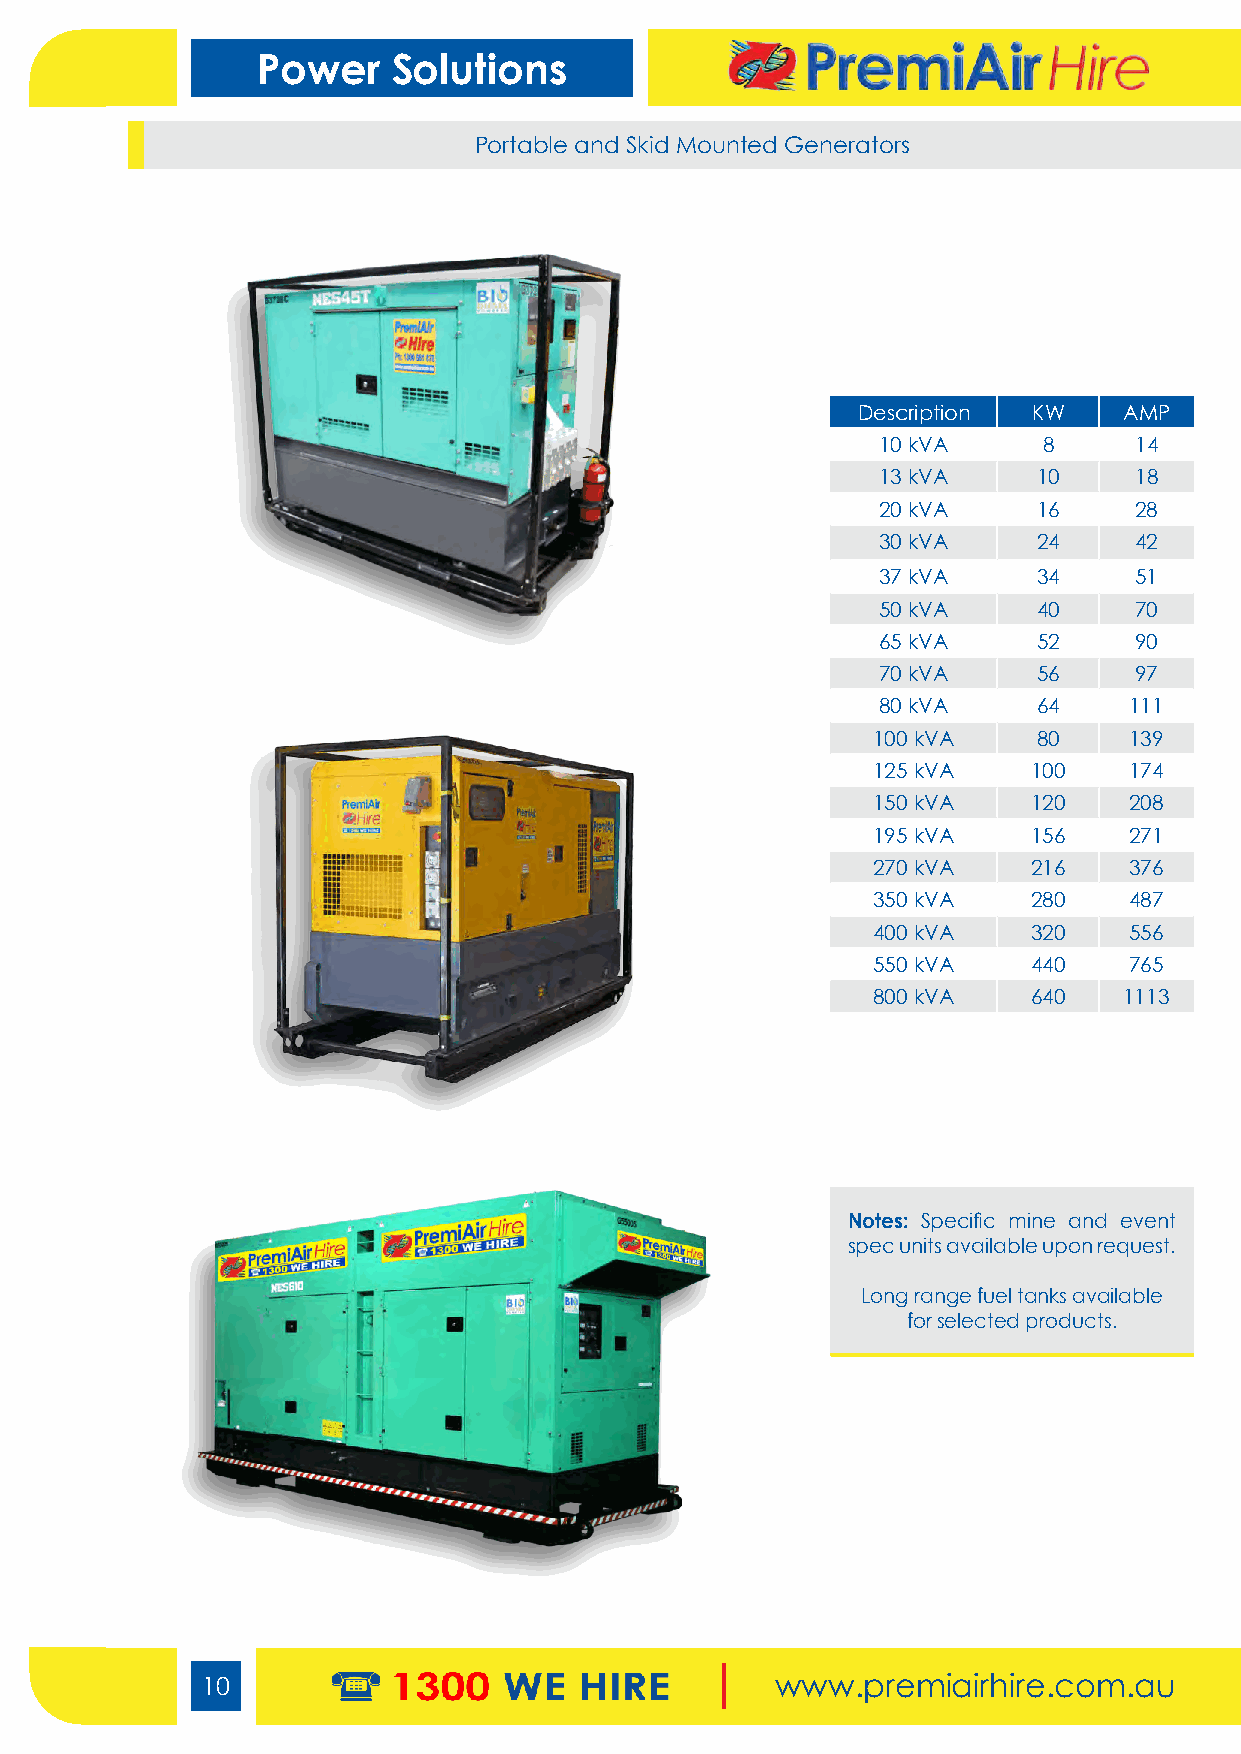
Power    Solutions
 Portable and Skid Mounted Generators
 Description KW   AMP
 10 kVA     8     14
 13 kVA     10    18
 20 kVA     16    28
 30 kVA     24    42
 37 kVA     34    51
 50 kVA     40    70
 65 kVA     52    90
 70 kVA     56    97
 80 kVA     64    111
 100 kVA    80    139
 125 kVA   100    174
 150 kVA   120    208
 195 kVA   156    271
 270 kVA   216    376
 350 kVA   280    487
 400 kVA   320    556
 550 kVA   440    765
 800 kVA   640   1113
 Notes: Specific mine and event
 spec units available upon request.
 Long range fuel tanks available
 for selected products.
 10                                    www.premiairhire.com.au